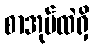
စာအုပ်ထဲရှိ